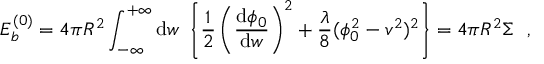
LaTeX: E _ { b } ^ { ( 0 ) } = 4 \pi R ^ { 2 } \int _ { - \infty } ^ { + \infty } \mathrm { d } w ~ \left\{ \frac { 1 } { 2 } \left( \frac { \mathrm { d } \phi _ { 0 } } { \mathrm { d } w } \right) ^ { 2 } + \frac { \lambda } { 8 } ( \phi _ { 0 } ^ { 2 } - v ^ { 2 } ) ^ { 2 } \right\} = 4 \pi R ^ { 2 } \Sigma ~ ~ ,